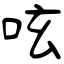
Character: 呟